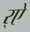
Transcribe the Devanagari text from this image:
र्‌ऐ